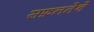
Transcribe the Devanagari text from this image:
सफ़लतेने